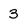
Character: 3